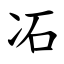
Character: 㓈